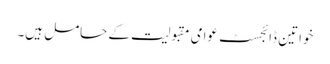
خواتین ڈائجسٹ عوامی مقبولیت کے حامل ہیں۔